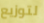
لتوزيع